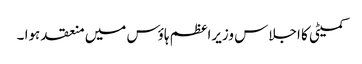
کمیٹی کا اجلاس وزیراعظم ہاؤس میں منعقد ہوا ۔